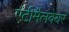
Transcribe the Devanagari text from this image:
एंटीमैलवेयर